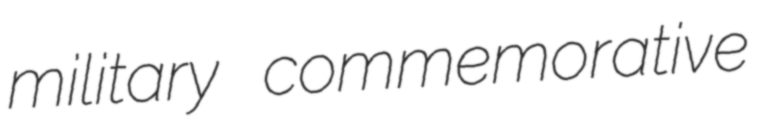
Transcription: military commemorative